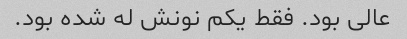
عالی بود. فقط یکم نونش له شده بود.